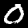
Digit: 0